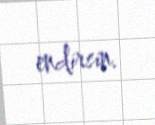
endirsin.